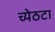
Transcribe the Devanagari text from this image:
च्येठटा